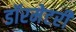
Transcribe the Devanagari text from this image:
डॉरमेटरी